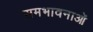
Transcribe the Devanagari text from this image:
समभावनाओं